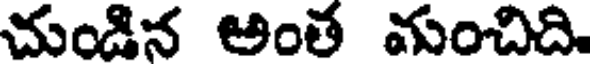
చుండిన అంత మంచిది